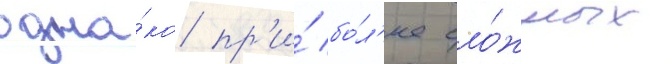
одна́ко пр'и́ бо́л'ее сло́жных